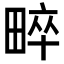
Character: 𤲠